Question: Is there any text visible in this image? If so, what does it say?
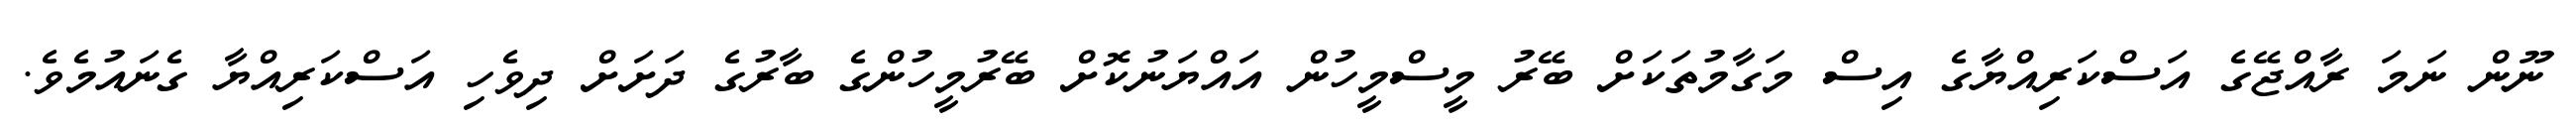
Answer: ނޫން ނަމަ ރާއްޖޭގެ އަސްކަރިއްޔާގެ އިސް މަގާމުތަކަށް ބޭރު މީސްމީހުން އައްޔަނުކޮށް ބޭރުމީހުންގެ ބާރުގެ ދަށަށް ދިވެހި އަސްކަރިއްޔާ ގެނައުމެވެ.